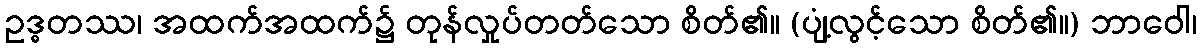
ဥဒ္ဓတဿ၊ အထက်အထက်၌ တုန်လှုပ်တတ်သော စိတ်၏။ (ပျံ့လွင့်သော စိတ်၏။) ဘာဝေါ၊